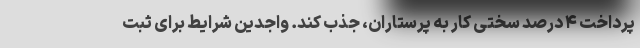
پرداخت ۴ درصد سختی کار به پرستاران، جذب کند. واجدین شرایط برای ثبت